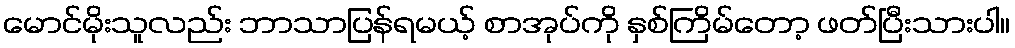
မောင်မိုးသူလည်း ဘာသာပြန်ရမယ့် စာအုပ်ကို နှစ်ကြိမ်တော့ ဖတ်ပြီးသားပါ။